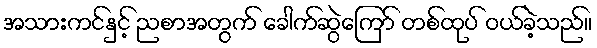
အသားကင်နှင့် ညစာအတွက် ခေါက်ဆွဲကြော် တစ်ထုပ် ဝယ်ခဲ့သည်။